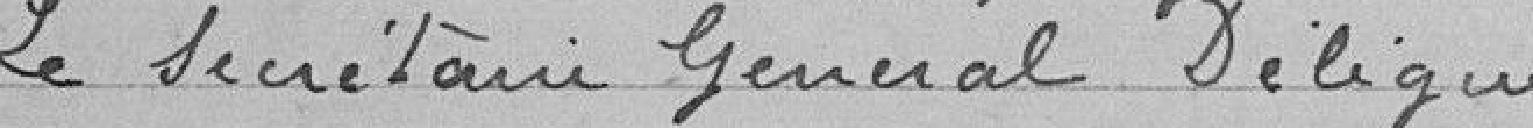
Le Secrétaire Général Délégué